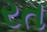
રત